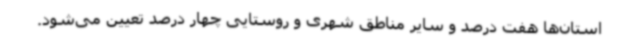
استان‌ها هفت درصد و سایر مناطق شهری و روستایی چهار درصد تعیین می‌شود.